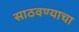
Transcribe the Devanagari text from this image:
साठवण्याचा